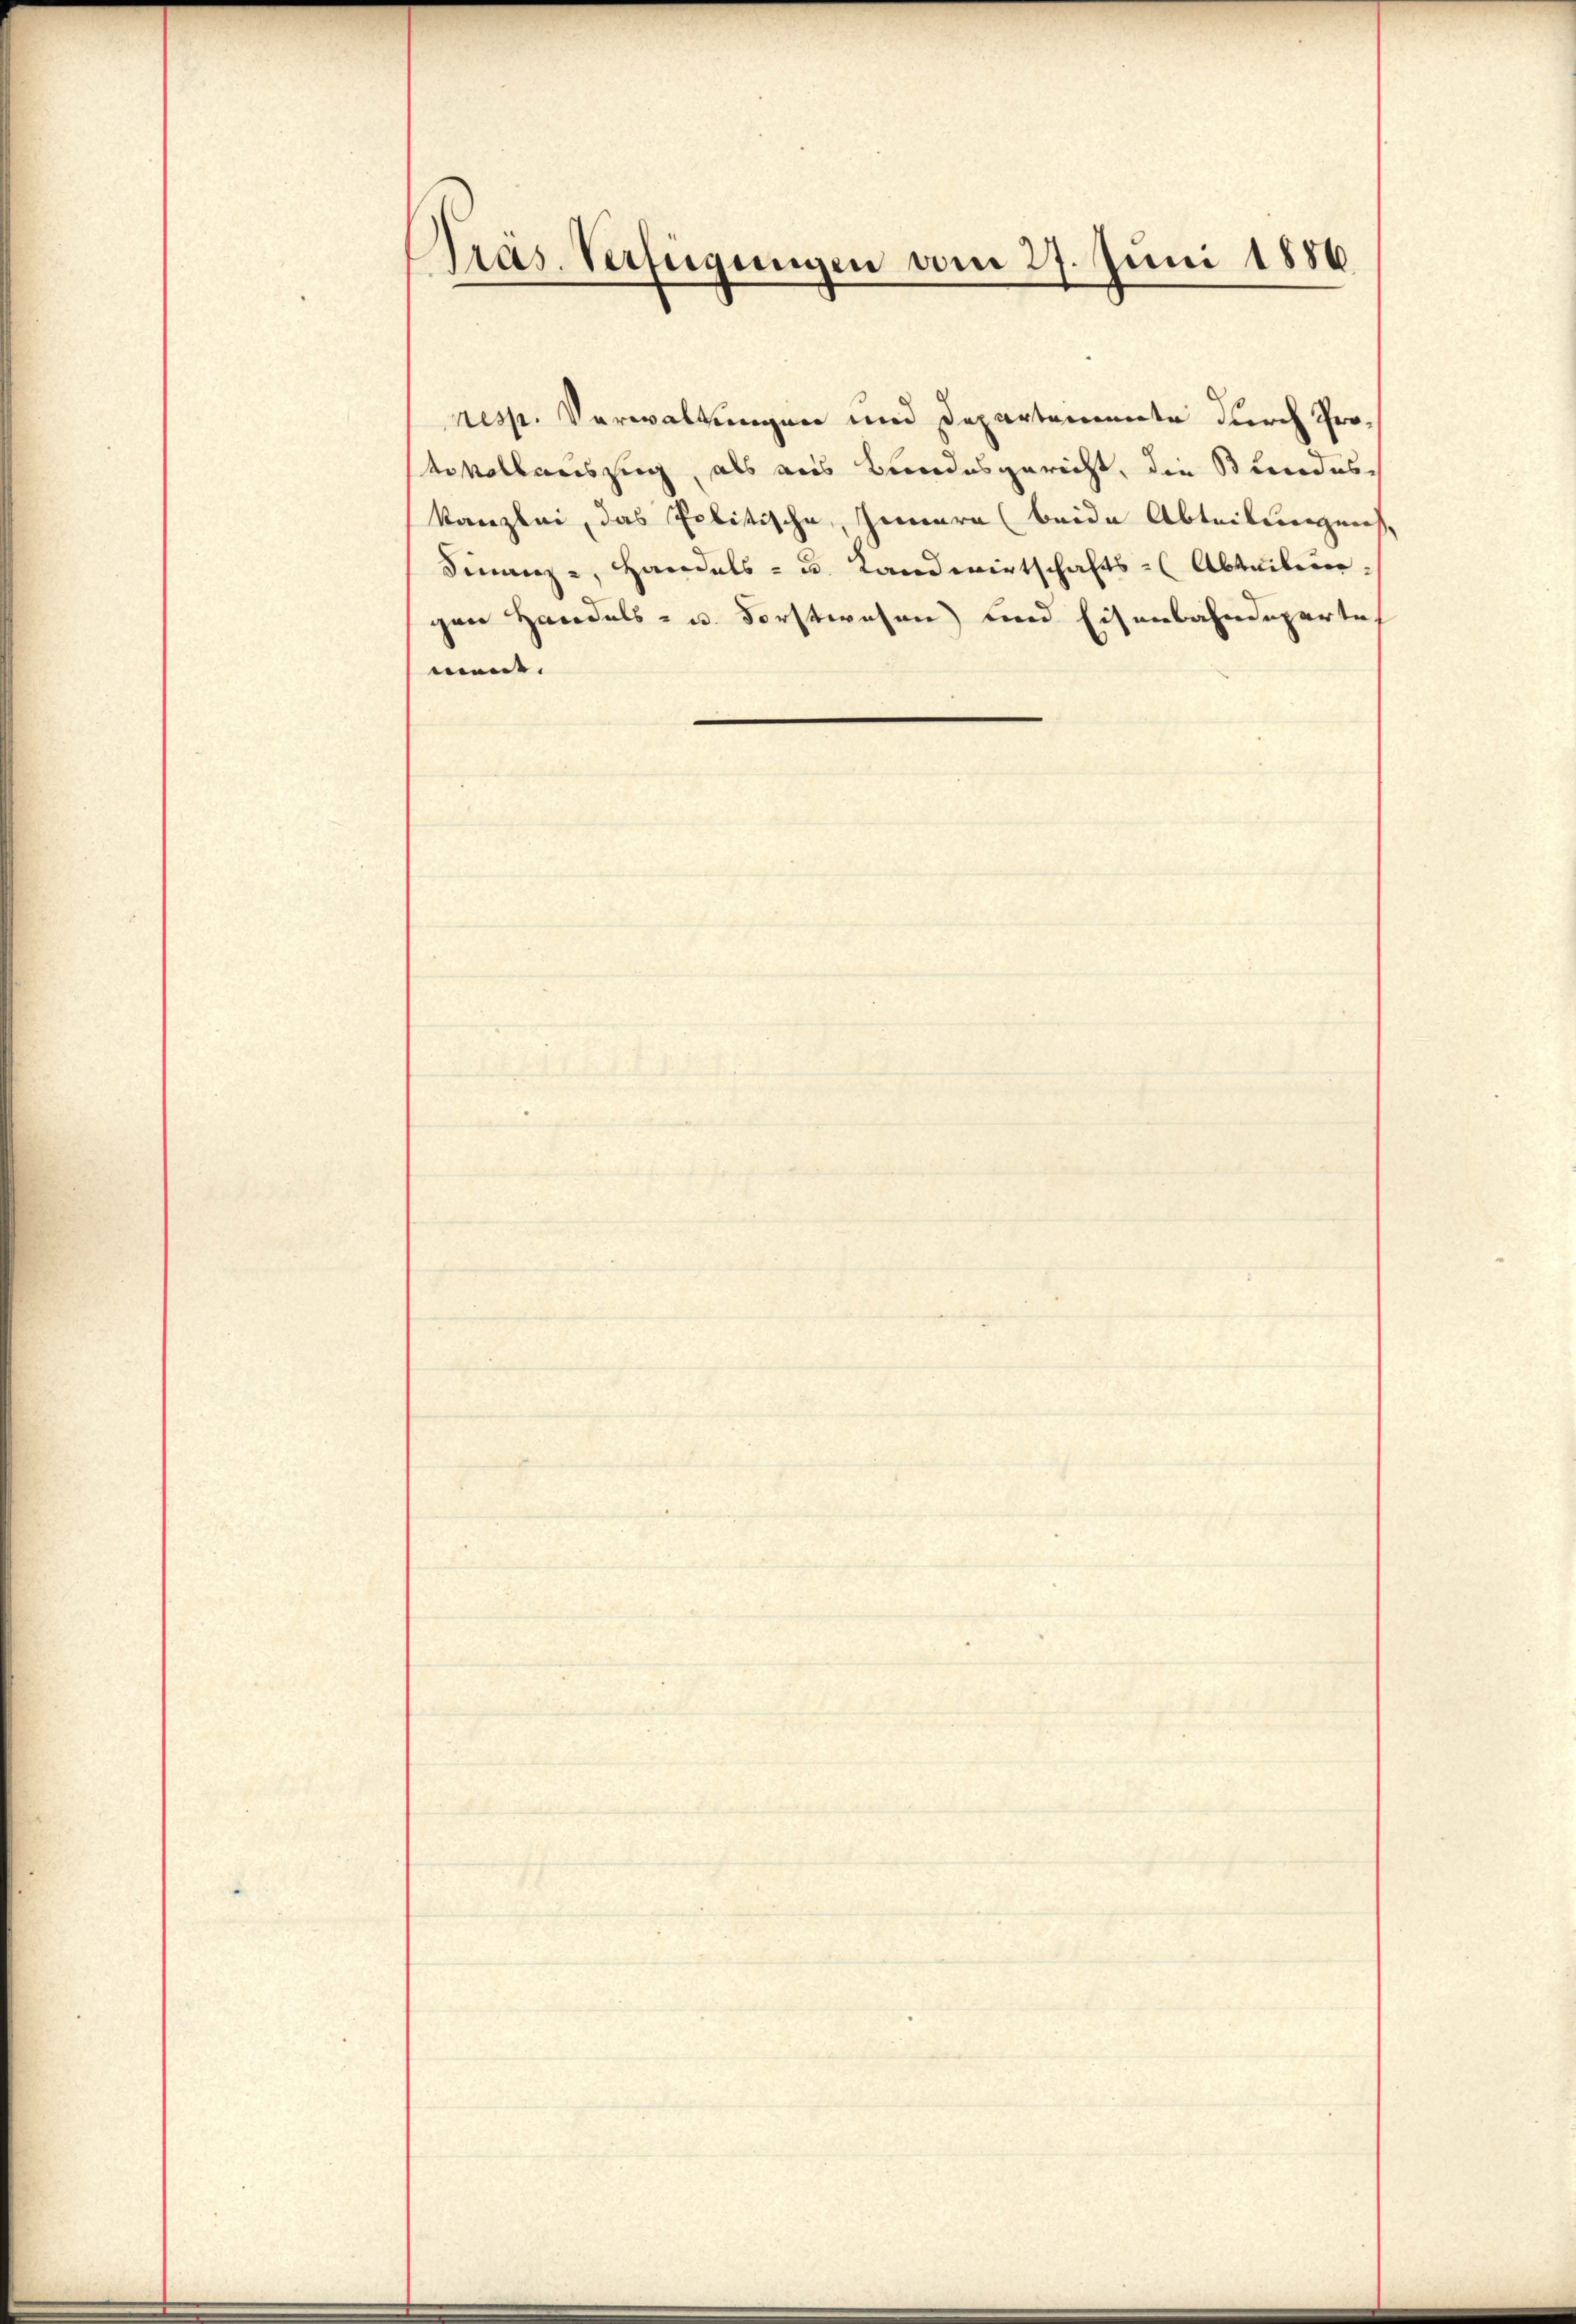
Präs. Verfügungen vom 27. Juni 1886

resp. Verwaltungen und Departemente durch Protevollauszug, als aus Bundesgericht, die Bundeskanzlei, das Politische, Innern (beide Abteilungen,
Finanz-, Handels- u. Landwirtschafts-Abteilen
pan Handels- u. Forstwesen und Eisenbahndeparte
ment. |